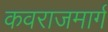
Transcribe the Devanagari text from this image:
कवराजमार्ग